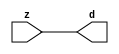

//------> ./rtl_mgc_ioport.v 
//------------------------------------------------------------------
//                M G C _ I O P O R T _ C O M P S
//------------------------------------------------------------------

//------------------------------------------------------------------
//                       M O D U L E S
//------------------------------------------------------------------

//------------------------------------------------------------------
//-- INPUT ENTITIES
//------------------------------------------------------------------

module mgc_in_wire (d, z);

  parameter integer rscid = 1;
  parameter integer width = 8;

  output [width-1:0] d;
  input  [width-1:0] z;

  wire   [width-1:0] d;

  assign d = z;

endmodule

//------------------------------------------------------------------

module mgc_in_wire_en (ld, d, lz, z);

  parameter integer rscid = 1;
  parameter integer width = 8;

  input              ld;
  output [width-1:0] d;
  output             lz;
  input  [width-1:0] z;

  wire   [width-1:0] d;
  wire               lz;

  assign d = z;
  assign lz = ld;

endmodule

//------------------------------------------------------------------

module mgc_in_wire_wait (ld, vd, d, lz, vz, z);

  parameter integer rscid = 1;
  parameter integer width = 8;

  input              ld;
  output             vd;
  output [width-1:0] d;
  output             lz;
  input              vz;
  input  [width-1:0] z;

  wire               vd;
  wire   [width-1:0] d;
  wire               lz;

  assign d = z;
  assign lz = ld;
  assign vd = vz;

endmodule
//------------------------------------------------------------------

module mgc_chan_in (ld, vd, d, lz, vz, z, size, req_size, sizez, sizelz);

  parameter integer rscid = 1;
  parameter integer width = 8;
  parameter integer sz_width = 8;

  input              ld;
  output             vd;
  output [width-1:0] d;
  output             lz;
  input              vz;
  input  [width-1:0] z;
  output [sz_width-1:0] size;
  input              req_size;
  input  [sz_width-1:0] sizez;
  output             sizelz;


  wire               vd;
  wire   [width-1:0] d;
  wire               lz;
  wire   [sz_width-1:0] size;
  wire               sizelz;

  assign d = z;
  assign lz = ld;
  assign vd = vz;
  assign size = sizez;
  assign sizelz = req_size;

endmodule


//------------------------------------------------------------------
//-- OUTPUT ENTITIES
//------------------------------------------------------------------

module mgc_out_stdreg (d, z);

  parameter integer rscid = 1;
  parameter integer width = 8;

  input    [width-1:0] d;
  output   [width-1:0] z;

  wire     [width-1:0] z;

  assign z = d;

endmodule

//------------------------------------------------------------------

module mgc_out_stdreg_en (ld, d, lz, z);

  parameter integer rscid = 1;
  parameter integer width = 8;

  input              ld;
  input  [width-1:0] d;
  output             lz;
  output [width-1:0] z;

  wire               lz;
  wire   [width-1:0] z;

  assign z = d;
  assign lz = ld;

endmodule

//------------------------------------------------------------------

module mgc_out_stdreg_wait (ld, vd, d, lz, vz, z);

  parameter integer rscid = 1;
  parameter integer width = 8;

  input              ld;
  output             vd;
  input  [width-1:0] d;
  output             lz;
  input              vz;
  output [width-1:0] z;

  wire               vd;
  wire               lz;
  wire   [width-1:0] z;

  assign z = d;
  assign lz = ld;
  assign vd = vz;

endmodule

//------------------------------------------------------------------

module mgc_out_prereg_en (ld, d, lz, z);

    parameter integer rscid = 1;
    parameter integer width = 8;

    input              ld;
    input  [width-1:0] d;
    output             lz;
    output [width-1:0] z;

    wire               lz;
    wire   [width-1:0] z;

    assign z = d;
    assign lz = ld;

endmodule

//------------------------------------------------------------------
//-- INOUT ENTITIES
//------------------------------------------------------------------

module mgc_inout_stdreg_en (ldin, din, ldout, dout, lzin, lzout, z);

    parameter integer rscid = 1;
    parameter integer width = 8;

    input              ldin;
    output [width-1:0] din;
    input              ldout;
    input  [width-1:0] dout;
    output             lzin;
    output             lzout;
    inout  [width-1:0] z;

    wire   [width-1:0] din;
    wire               lzin;
    wire               lzout;
    wire   [width-1:0] z;

    assign lzin = ldin;
    assign din = ldin ? z : {width{1'bz}};
    assign lzout = ldout;
    assign z = ldout ? dout : {width{1'bz}};

endmodule

//------------------------------------------------------------------
module hid_tribuf( I_SIG, ENABLE, O_SIG);
  parameter integer width = 8;

  input [width-1:0] I_SIG;
  input ENABLE;
  inout [width-1:0] O_SIG;

  assign O_SIG = (ENABLE) ? I_SIG : { width{1'bz}};

endmodule
//------------------------------------------------------------------

module mgc_inout_stdreg_wait (ldin, vdin, din, ldout, vdout, dout, lzin, vzin, lzout, vzout, z);

    parameter integer rscid = 1;
    parameter integer width = 8;

    input              ldin;
    output             vdin;
    output [width-1:0] din;
    input              ldout;
    output             vdout;
    input  [width-1:0] dout;
    output             lzin;
    input              vzin;
    output             lzout;
    input              vzout;
    inout  [width-1:0] z;

    wire               vdin;
    wire   [width-1:0] din;
    wire               vdout;
    wire               lzin;
    wire               lzout;
    wire   [width-1:0] z;
    wire   ldout_and_vzout;

    assign lzin = ldin;
    assign vdin = vzin;
    assign din = ldin ? z : {width{1'bz}};
    assign lzout = ldout;
    assign vdout = vzout ;
    assign ldout_and_vzout = ldout && vzout ;

    hid_tribuf #(width) tb( .I_SIG(dout),
                            .ENABLE(ldout_and_vzout),
                            .O_SIG(z) );

endmodule

//------------------------------------------------------------------

module mgc_inout_buf_wait (clk, en, arst, srst, ldin, vdin, din, ldout, vdout, dout, lzin, vzin, lzout, vzout, z);

    parameter integer rscid   = 0; // resource ID
    parameter integer width   = 8; // fifo width
    parameter         ph_clk  =  1'b1; // clock polarity 1=rising edge, 0=falling edge
    parameter         ph_en   =  1'b1; // clock enable polarity
    parameter         ph_arst =  1'b1; // async reset polarity
    parameter         ph_srst =  1'b1; // sync reset polarity

    input              clk;
    input              en;
    input              arst;
    input              srst;
    input              ldin;
    output             vdin;
    output [width-1:0] din;
    input              ldout;
    output             vdout;
    input  [width-1:0] dout;
    output             lzin;
    input              vzin;
    output             lzout;
    input              vzout;
    inout  [width-1:0] z;

    wire               lzout_buf;
    wire               vzout_buf;
    wire   [width-1:0] z_buf;
    wire               vdin;
    wire   [width-1:0] din;
    wire               vdout;
    wire               lzin;
    wire               lzout;
    wire   [width-1:0] z;

    assign lzin = ldin;
    assign vdin = vzin;
    assign din = ldin ? z : {width{1'bz}};
    assign lzout = lzout_buf & ~ldin;
    assign vzout_buf = vzout & ~ldin;
    hid_tribuf #(width) tb( .I_SIG(z_buf),
                            .ENABLE((lzout_buf && (!ldin) && vzout) ),
                            .O_SIG(z)  );

    mgc_out_buf_wait
    #(
        .rscid   (rscid),
        .width   (width),
        .ph_clk  (ph_clk),
        .ph_en   (ph_en),
        .ph_arst (ph_arst),
        .ph_srst (ph_srst)
    )
    BUFF
    (
        .clk     (clk),
        .en      (en),
        .arst    (arst),
        .srst    (srst),
        .ld      (ldout),
        .vd      (vdout),
        .d       (dout),
        .lz      (lzout_buf),
        .vz      (vzout_buf),
        .z       (z_buf)
    );


endmodule

module mgc_inout_fifo_wait (clk, en, arst, srst, ldin, vdin, din, ldout, vdout, dout, lzin, vzin, lzout, vzout, z);

    parameter integer rscid   = 0; // resource ID
    parameter integer width   = 8; // fifo width
    parameter integer fifo_sz = 8; // fifo depth
    parameter         ph_clk  = 1'b1;  // clock polarity 1=rising edge, 0=falling edge
    parameter         ph_en   = 1'b1;  // clock enable polarity
    parameter         ph_arst = 1'b1;  // async reset polarity
    parameter         ph_srst = 1'b1;  // sync reset polarity
    parameter integer ph_log2 = 3;     // log2(fifo_sz)
    parameter integer pwropt  = 0;     // pwropt

    input              clk;
    input              en;
    input              arst;
    input              srst;
    input              ldin;
    output             vdin;
    output [width-1:0] din;
    input              ldout;
    output             vdout;
    input  [width-1:0] dout;
    output             lzin;
    input              vzin;
    output             lzout;
    input              vzout;
    inout  [width-1:0] z;

    wire               lzout_buf;
    wire               vzout_buf;
    wire   [width-1:0] z_buf;
    wire               comb;
    wire               vdin;
    wire   [width-1:0] din;
    wire               vdout;
    wire               lzin;
    wire               lzout;
    wire   [width-1:0] z;

    assign lzin = ldin;
    assign vdin = vzin;
    assign din = ldin ? z : {width{1'bz}};
    assign lzout = lzout_buf & ~ldin;
    assign vzout_buf = vzout & ~ldin;
    assign comb = (lzout_buf && (!ldin) && vzout);

    hid_tribuf #(width) tb2( .I_SIG(z_buf), .ENABLE(comb), .O_SIG(z)  );

    mgc_out_fifo_wait
    #(
        .rscid   (rscid),
        .width   (width),
        .fifo_sz (fifo_sz),
        .ph_clk  (ph_clk),
        .ph_en   (ph_en),
        .ph_arst (ph_arst),
        .ph_srst (ph_srst),
        .ph_log2 (ph_log2),
        .pwropt  (pwropt)
    )
    FIFO
    (
        .clk   (clk),
        .en      (en),
        .arst    (arst),
        .srst    (srst),
        .ld      (ldout),
        .vd      (vdout),
        .d       (dout),
        .lz      (lzout_buf),
        .vz      (vzout_buf),
        .z       (z_buf)
    );

endmodule

//------------------------------------------------------------------
//-- I/O SYNCHRONIZATION ENTITIES
//------------------------------------------------------------------

module mgc_io_sync (ld, lz);

    input  ld;
    output lz;

    assign lz = ld;

endmodule

module mgc_bsync_rdy (rd, rz);

    parameter integer rscid   = 0; // resource ID
    parameter ready = 1;
    parameter valid = 0;

    input  rd;
    output rz;

    wire   rz;

    assign rz = rd;

endmodule

module mgc_bsync_vld (vd, vz);

    parameter integer rscid   = 0; // resource ID
    parameter ready = 0;
    parameter valid = 1;

    output vd;
    input  vz;

    wire   vd;

    assign vd = vz;

endmodule

module mgc_bsync_rv (rd, vd, rz, vz);

    parameter integer rscid   = 0; // resource ID
    parameter ready = 1;
    parameter valid = 1;

    input  rd;
    output vd;
    output rz;
    input  vz;

    wire   vd;
    wire   rz;

    assign rz = rd;
    assign vd = vz;

endmodule

//------------------------------------------------------------------

module mgc_sync (ldin, vdin, ldout, vdout);

  input  ldin;
  output vdin;
  input  ldout;
  output vdout;

  wire   vdin;
  wire   vdout;

  assign vdin = ldout;
  assign vdout = ldin;

endmodule

///////////////////////////////////////////////////////////////////////////////
// dummy function used to preserve funccalls for modulario
// it looks like a memory read to the caller
///////////////////////////////////////////////////////////////////////////////
module funccall_inout (d, ad, bd, z, az, bz);

  parameter integer ram_id = 1;
  parameter integer width = 8;
  parameter integer addr_width = 8;

  output [width-1:0]       d;
  input  [addr_width-1:0]  ad;
  input                    bd;
  input  [width-1:0]       z;
  output [addr_width-1:0]  az;
  output                   bz;

  wire   [width-1:0]       d;
  wire   [addr_width-1:0]  az;
  wire                     bz;

  assign d  = z;
  assign az = ad;
  assign bz = bd;

endmodule


///////////////////////////////////////////////////////////////////////////////
// inlinable modular io not otherwise found in mgc_ioport
///////////////////////////////////////////////////////////////////////////////

module modulario_en_in (vd, d, vz, z);

  parameter integer rscid = 1;
  parameter integer width = 8;

  output             vd;
  output [width-1:0] d;
  input              vz;
  input  [width-1:0] z;

  wire   [width-1:0] d;
  wire               vd;

  assign d = z;
  assign vd = vz;

endmodule

//------> ./rtl_mgc_ioport_v2001.v 
//------------------------------------------------------------------

module mgc_out_reg_pos (clk, en, arst, srst, ld, d, lz, z);

    parameter integer rscid   = 1;
    parameter integer width   = 8;
    parameter         ph_en   =  1'b1;
    parameter         ph_arst =  1'b1;
    parameter         ph_srst =  1'b1;

    input              clk;
    input              en;
    input              arst;
    input              srst;
    input              ld;
    input  [width-1:0] d;
    output             lz;
    output [width-1:0] z;

    reg                lz;
    reg    [width-1:0] z;

    generate
    if (ph_arst == 1'b0)
    begin: NEG_ARST
        always @(posedge clk or negedge arst)
        if (arst == 1'b0)
        begin: B1
            lz <= 1'b0;
            z  <= {width{1'b0}};
        end
        else if (srst == ph_srst)
        begin: B2
            lz <= 1'b0;
            z  <= {width{1'b0}};
        end
        else if (en == ph_en)
        begin: B3
            lz <= ld;
            z  <= (ld) ? d : z;
        end
    end
    else
    begin: POS_ARST
        always @(posedge clk or posedge arst)
        if (arst == 1'b1)
        begin: B1
            lz <= 1'b0;
            z  <= {width{1'b0}};
        end
        else if (srst == ph_srst)
        begin: B2
            lz <= 1'b0;
            z  <= {width{1'b0}};
        end
        else if (en == ph_en)
        begin: B3
            lz <= ld;
            z  <= (ld) ? d : z;
        end
    end
    endgenerate

endmodule

//------------------------------------------------------------------

module mgc_out_reg_neg (clk, en, arst, srst, ld, d, lz, z);

    parameter integer rscid   = 1;
    parameter integer width   = 8;
    parameter         ph_en   =  1'b1;
    parameter         ph_arst =  1'b1;
    parameter         ph_srst =  1'b1;

    input              clk;
    input              en;
    input              arst;
    input              srst;
    input              ld;
    input  [width-1:0] d;
    output             lz;
    output [width-1:0] z;

    reg                lz;
    reg    [width-1:0] z;

    generate
    if (ph_arst == 1'b0)
    begin: NEG_ARST
        always @(negedge clk or negedge arst)
        if (arst == 1'b0)
        begin: B1
            lz <= 1'b0;
            z  <= {width{1'b0}};
        end
        else if (srst == ph_srst)
        begin: B2
            lz <= 1'b0;
            z  <= {width{1'b0}};
        end
        else if (en == ph_en)
        begin: B3
            lz <= ld;
            z  <= (ld) ? d : z;
        end
    end
    else
    begin: POS_ARST
        always @(negedge clk or posedge arst)
        if (arst == 1'b1)
        begin: B1
            lz <= 1'b0;
            z  <= {width{1'b0}};
        end
        else if (srst == ph_srst)
        begin: B2
            lz <= 1'b0;
            z  <= {width{1'b0}};
        end
        else if (en == ph_en)
        begin: B3
            lz <= ld;
            z  <= (ld) ? d : z;
        end
    end
    endgenerate

endmodule

//------------------------------------------------------------------

module mgc_out_reg (clk, en, arst, srst, ld, d, lz, z); // Not Supported

    parameter integer rscid   = 1;
    parameter integer width   = 8;
    parameter         ph_clk  =  1'b1;
    parameter         ph_en   =  1'b1;
    parameter         ph_arst =  1'b1;
    parameter         ph_srst =  1'b1;

    input              clk;
    input              en;
    input              arst;
    input              srst;
    input              ld;
    input  [width-1:0] d;
    output             lz;
    output [width-1:0] z;


    generate
    if (ph_clk == 1'b0)
    begin: NEG_EDGE

        mgc_out_reg_neg
        #(
            .rscid   (rscid),
            .width   (width),
            .ph_en   (ph_en),
            .ph_arst (ph_arst),
            .ph_srst (ph_srst)
        )
        mgc_out_reg_neg_inst
        (
            .clk     (clk),
            .en      (en),
            .arst    (arst),
            .srst    (srst),
            .ld      (ld),
            .d       (d),
            .lz      (lz),
            .z       (z)
        );

    end
    else
    begin: POS_EDGE

        mgc_out_reg_pos
        #(
            .rscid   (rscid),
            .width   (width),
            .ph_en   (ph_en),
            .ph_arst (ph_arst),
            .ph_srst (ph_srst)
        )
        mgc_out_reg_pos_inst
        (
            .clk     (clk),
            .en      (en),
            .arst    (arst),
            .srst    (srst),
            .ld      (ld),
            .d       (d),
            .lz      (lz),
            .z       (z)
        );

    end
    endgenerate

endmodule




//------------------------------------------------------------------

module mgc_out_buf_wait (clk, en, arst, srst, ld, vd, d, vz, lz, z); // Not supported

    parameter integer rscid   = 1;
    parameter integer width   = 8;
    parameter         ph_clk  =  1'b1;
    parameter         ph_en   =  1'b1;
    parameter         ph_arst =  1'b1;
    parameter         ph_srst =  1'b1;

    input              clk;
    input              en;
    input              arst;
    input              srst;
    input              ld;
    output             vd;
    input  [width-1:0] d;
    output             lz;
    input              vz;
    output [width-1:0] z;

    wire               filled;
    wire               filled_next;
    wire   [width-1:0] abuf;
    wire               lbuf;


    assign filled_next = (filled & (~vz)) | (filled & ld) | (ld & (~vz));

    assign lbuf = ld & ~(filled ^ vz);

    assign vd = vz | ~filled;

    assign lz = ld | filled;

    assign z = (filled) ? abuf : d;

    wire dummy;
    wire dummy_bufreg_lz;

    // Output registers:
    mgc_out_reg
    #(
        .rscid   (rscid),
        .width   (1'b1),
        .ph_clk  (ph_clk),
        .ph_en   (ph_en),
        .ph_arst (ph_arst),
        .ph_srst (ph_srst)
    )
    STATREG
    (
        .clk     (clk),
        .en      (en),
        .arst    (arst),
        .srst    (srst),
        .ld      (filled_next),
        .d       (1'b0),       // input d is unused
        .lz      (filled),
        .z       (dummy)            // output z is unused
    );

    mgc_out_reg
    #(
        .rscid   (rscid),
        .width   (width),
        .ph_clk  (ph_clk),
        .ph_en   (ph_en),
        .ph_arst (ph_arst),
        .ph_srst (ph_srst)
    )
    BUFREG
    (
        .clk     (clk),
        .en      (en),
        .arst    (arst),
        .srst    (srst),
        .ld      (lbuf),
        .d       (d),
        .lz      (dummy_bufreg_lz),
        .z       (abuf)
    );

endmodule

//------------------------------------------------------------------

module mgc_out_fifo_wait (clk, en, arst, srst, ld, vd, d, lz, vz,  z);

    parameter integer rscid   = 0; // resource ID
    parameter integer width   = 8; // fifo width
    parameter integer fifo_sz = 8; // fifo depth
    parameter         ph_clk  = 1'b1; // clock polarity 1=rising edge, 0=falling edge
    parameter         ph_en   = 1'b1; // clock enable polarity
    parameter         ph_arst = 1'b1; // async reset polarity
    parameter         ph_srst = 1'b1; // sync reset polarity
    parameter integer ph_log2 = 3; // log2(fifo_sz)
    parameter integer pwropt  = 0; // pwropt


    input                 clk;
    input                 en;
    input                 arst;
    input                 srst;
    input                 ld;    // load data
    output                vd;    // fifo full active low
    input     [width-1:0] d;
    output                lz;    // fifo ready to send
    input                 vz;    // dest ready for data
    output    [width-1:0] z;

    wire    [31:0]      size;


      // Output registers:
 mgc_out_fifo_wait_core#(
        .rscid   (rscid),
        .width   (width),
        .sz_width (32),
        .fifo_sz (fifo_sz),
        .ph_clk  (ph_clk),
        .ph_en   (ph_en),
        .ph_arst (ph_arst),
        .ph_srst (ph_srst),
        .ph_log2 (ph_log2),
        .pwropt  (pwropt)
        ) CORE (
        .clk (clk),
        .en (en),
        .arst (arst),
        .srst (srst),
        .ld (ld),
        .vd (vd),
        .d (d),
        .lz (lz),
        .vz (vz),
        .z (z),
        .size (size)
        );

endmodule



module mgc_out_fifo_wait_core (clk, en, arst, srst, ld, vd, d, lz, vz,  z, size);

    parameter integer rscid   = 0; // resource ID
    parameter integer width   = 8; // fifo width
    parameter integer sz_width = 8; // size of port for elements in fifo
    parameter integer fifo_sz = 8; // fifo depth
    parameter         ph_clk  =  1'b1; // clock polarity 1=rising edge, 0=falling edge
    parameter         ph_en   =  1'b1; // clock enable polarity
    parameter         ph_arst =  1'b1; // async reset polarity
    parameter         ph_srst =  1'b1; // sync reset polarity
    parameter integer ph_log2 = 3; // log2(fifo_sz)
    parameter integer pwropt  = 0; // pwropt

   localparam integer  fifo_b = width * fifo_sz;

    input                 clk;
    input                 en;
    input                 arst;
    input                 srst;
    input                 ld;    // load data
    output                vd;    // fifo full active low
    input     [width-1:0] d;
    output                lz;    // fifo ready to send
    input                 vz;    // dest ready for data
    output    [width-1:0] z;
    output    [sz_width-1:0]      size;

    reg      [( (fifo_sz > 0) ? fifo_sz : 1)-1:0] stat_pre;
    wire     [( (fifo_sz > 0) ? fifo_sz : 1)-1:0] stat;
    reg      [( (fifo_b > 0) ? fifo_b : 1)-1:0] buff_pre;
    wire     [( (fifo_b > 0) ? fifo_b : 1)-1:0] buff;
    reg      [( (fifo_sz > 0) ? fifo_sz : 1)-1:0] en_l;
    reg      [(((fifo_sz > 0) ? fifo_sz : 1)-1)/8:0] en_l_s;

    reg       [width-1:0] buff_nxt;

    reg                   stat_nxt;
    reg                   stat_before;
    reg                   stat_after;
    reg                   en_l_var;

    integer               i;
    genvar                eni;

    wire [32:0]           size_t;
    reg [31:0]            count;
    reg [31:0]            count_t;
    reg [32:0]            n_elem;
// pragma translate_off
    reg [31:0]            peak;
// pragma translate_on

    wire [( (fifo_sz > 0) ? fifo_sz : 1)-1:0] dummy_statreg_lz;
    wire [( (fifo_b > 0) ? fifo_b : 1)-1:0] dummy_bufreg_lz;

    generate
    if ( fifo_sz > 0 )
    begin: FIFO_REG
      assign vd = vz | ~stat[0];
      assign lz = ld | stat[fifo_sz-1];
      assign size_t = (count - (vz && stat[fifo_sz-1])) + ld;
      assign size = size_t[sz_width-1:0];
      assign z = (stat[fifo_sz-1]) ? buff[fifo_b-1:width*(fifo_sz-1)] : d;

      always @(*)
      begin: FIFOPROC
        n_elem = 33'b0;
        for (i = fifo_sz-1; i >= 0; i = i - 1)
        begin
          if (i != 0)
            stat_before = stat[i-1];
          else
            stat_before = 1'b0;

          if (i != (fifo_sz-1))
            stat_after = stat[i+1];
          else
            stat_after = 1'b1;

          stat_nxt = stat_after &
                    (stat_before | (stat[i] & (~vz)) | (stat[i] & ld) | (ld & (~vz)));

          stat_pre[i] = stat_nxt;
          en_l_var = 1'b1;
          if (!stat_nxt)
            begin
              buff_nxt = {width{1'b0}};
              en_l_var = 1'b0;
            end
          else if (vz && stat_before)
            buff_nxt[0+:width] = buff[width*(i-1)+:width];
          else if (ld && !((vz && stat_before) || ((!vz) && stat[i])))
            buff_nxt = d;
          else
            begin
              if (pwropt == 0)
                buff_nxt[0+:width] = buff[width*i+:width];
              else
                buff_nxt = {width{1'b0}};
              en_l_var = 1'b0;
            end

          if (ph_en != 0)
            en_l[i] = en & en_l_var;
          else
            en_l[i] = en | ~en_l_var;

          buff_pre[width*i+:width] = buff_nxt[0+:width];

          if ((stat_after == 1'b1) && (stat[i] == 1'b0))
            n_elem = ($unsigned(fifo_sz) - 1) - i;
        end

        if (ph_en != 0)
          en_l_s[(((fifo_sz > 0) ? fifo_sz : 1)-1)/8] = 1'b1;
        else
          en_l_s[(((fifo_sz > 0) ? fifo_sz : 1)-1)/8] = 1'b0;

        for (i = fifo_sz-1; i >= 7; i = i - 1)
        begin
          if ((i%'d2) == 0)
          begin
            if (ph_en != 0)
              en_l_s[(i/8)-1] = en & (stat[i]|stat_pre[i-1]);
            else
              en_l_s[(i/8)-1] = en | ~(stat[i]|stat_pre[i-1]);
          end
        end

        if ( stat[fifo_sz-1] == 1'b0 )
          count_t = 32'b0;
        else if ( stat[0] == 1'b1 )
          count_t = { {(32-ph_log2){1'b0}}, fifo_sz};
        else
          count_t = n_elem[31:0];
        count = count_t;
// pragma translate_off
        if ( peak < count )
          peak = count;
// pragma translate_on
      end

      if (pwropt == 0)
      begin: NOCGFIFO
        // Output registers:
        mgc_out_reg
        #(
            .rscid   (rscid),
            .width   (fifo_sz),
            .ph_clk  (ph_clk),
            .ph_en   (ph_en),
            .ph_arst (ph_arst),
            .ph_srst (ph_srst)
        )
        STATREG
        (
            .clk     (clk),
            .en      (en),
            .arst    (arst),
            .srst    (srst),
            .ld      (1'b1),
            .d       (stat_pre),
            .lz      (dummy_statreg_lz[0]),
            .z       (stat)
        );
        mgc_out_reg
        #(
            .rscid   (rscid),
            .width   (fifo_b),
            .ph_clk  (ph_clk),
            .ph_en   (ph_en),
            .ph_arst (ph_arst),
            .ph_srst (ph_srst)
        )
        BUFREG
        (
            .clk     (clk),
            .en      (en),
            .arst    (arst),
            .srst    (srst),
            .ld      (1'b1),
            .d       (buff_pre),
            .lz      (dummy_bufreg_lz[0]),
            .z       (buff)
        );
      end
      else
      begin: CGFIFO
        // Output registers:
        if ( pwropt > 1)
        begin: CGSTATFIFO2
          for (eni = fifo_sz-1; eni >= 0; eni = eni - 1)
          begin: pwroptGEN1
            mgc_out_reg
            #(
              .rscid   (rscid),
              .width   (1),
              .ph_clk  (ph_clk),
              .ph_en   (ph_en),
              .ph_arst (ph_arst),
              .ph_srst (ph_srst)
            )
            STATREG
            (
              .clk     (clk),
              .en      (en_l_s[eni/8]),
              .arst    (arst),
              .srst    (srst),
              .ld      (1'b1),
              .d       (stat_pre[eni]),
              .lz      (dummy_statreg_lz[eni]),
              .z       (stat[eni])
            );
          end
        end
        else
        begin: CGSTATFIFO
          mgc_out_reg
          #(
            .rscid   (rscid),
            .width   (fifo_sz),
            .ph_clk  (ph_clk),
            .ph_en   (ph_en),
            .ph_arst (ph_arst),
            .ph_srst (ph_srst)
          )
          STATREG
          (
            .clk     (clk),
            .en      (en),
            .arst    (arst),
            .srst    (srst),
            .ld      (1'b1),
            .d       (stat_pre),
            .lz      (dummy_statreg_lz[0]),
            .z       (stat)
          );
        end
        for (eni = fifo_sz-1; eni >= 0; eni = eni - 1)
        begin: pwroptGEN2
          mgc_out_reg
          #(
            .rscid   (rscid),
            .width   (width),
            .ph_clk  (ph_clk),
            .ph_en   (ph_en),
            .ph_arst (ph_arst),
            .ph_srst (ph_srst)
          )
          BUFREG
          (
            .clk     (clk),
            .en      (en_l[eni]),
            .arst    (arst),
            .srst    (srst),
            .ld      (1'b1),
            .d       (buff_pre[width*eni+:width]),
            .lz      (dummy_bufreg_lz[eni]),
            .z       (buff[width*eni+:width])
          );
        end
      end
    end
    else
    begin: FEED_THRU
      assign vd = vz;
      assign lz = ld;
      assign z = d;
      assign size = ld && !vz;
    end
    endgenerate

endmodule

//------------------------------------------------------------------
//-- PIPE ENTITIES
//------------------------------------------------------------------
/*
 *
 *             _______________________________________________
 * WRITER    |                                               |          READER
 *           |           MGC_PIPE                            |
 *           |           __________________________          |
 *        --<| vdout  --<| vd ---------------  vz<|-----ldin<|---
 *           |           |      FIFO              |          |
 *        ---|>ldout  ---|>ld ---------------- lz |> ---vdin |>--
 *        ---|>dout -----|>d  ---------------- dz |> ----din |>--
 *           |           |________________________|          |
 *           |_______________________________________________|
 */
// two clock pipe
module mgc_pipe (clk, en, arst, srst, ldin, vdin, din, ldout, vdout, dout, size, req_size);

    parameter integer rscid   = 0; // resource ID
    parameter integer width   = 8; // fifo width
    parameter integer sz_width = 8; // width of size of elements in fifo
    parameter integer fifo_sz = 8; // fifo depth
    parameter integer log2_sz = 3; // log2(fifo_sz)
    parameter         ph_clk  = 1'b1;  // clock polarity 1=rising edge, 0=falling edge
    parameter         ph_en   = 1'b1;  // clock enable polarity
    parameter         ph_arst = 1'b1;  // async reset polarity
    parameter         ph_srst = 1'b1;  // sync reset polarity
    parameter integer pwropt  = 0; // pwropt

    input              clk;
    input              en;
    input              arst;
    input              srst;
    input              ldin;
    output             vdin;
    output [width-1:0] din;
    input              ldout;
    output             vdout;
    input  [width-1:0] dout;
    output [sz_width-1:0]      size;
    input              req_size;


    mgc_out_fifo_wait_core
    #(
        .rscid    (rscid),
        .width    (width),
        .sz_width (sz_width),
        .fifo_sz  (fifo_sz),
        .ph_clk   (ph_clk),
        .ph_en    (ph_en),
        .ph_arst  (ph_arst),
        .ph_srst  (ph_srst),
        .ph_log2  (log2_sz),
        .pwropt   (pwropt)
    )
    FIFO
    (
        .clk     (clk),
        .en      (en),
        .arst    (arst),
        .srst    (srst),
        .ld      (ldout),
        .vd      (vdout),
        .d       (dout),
        .lz      (vdin),
        .vz      (ldin),
        .z       (din),
        .size    (size)
    );

endmodule


//------> ./rtl.v 
// ----------------------------------------------------------------------
//  HLS HDL:        Verilog Netlister
//  HLS Version:    2011a.126 Production Release
//  HLS Date:       Wed Aug  8 00:52:07 PDT 2012
// 
//  Generated by:   jb914@EEWS104A-014
//  Generated date: Wed May 06 12:53:55 2015
// ----------------------------------------------------------------------

// 
// ------------------------------------------------------------------
//  Design Unit:    red_tint_core
// ------------------------------------------------------------------


module red_tint_core (
  clk, en, arst_n, video_in_rsc_mgc_in_wire_d, video_out_rsc_mgc_out_stdreg_d, mouse_xy_rsc_mgc_in_wire_d
);
  input clk;
  input en;
  input arst_n;
  input [29:0] video_in_rsc_mgc_in_wire_d;
  output [29:0] video_out_rsc_mgc_out_stdreg_d;
  input [19:0] mouse_xy_rsc_mgc_in_wire_d;


  // Interconnect Declarations
  reg else_slc_svs;
  wire [7:0] acc_1_psp_sva;
  wire [8:0] nl_acc_1_psp_sva;
  reg [9:0] reg_video_out_rsc_mgc_out_stdreg_d_tmp;
  reg [9:0] reg_video_out_rsc_mgc_out_stdreg_d_tmp_1;
  reg [9:0] reg_video_out_rsc_mgc_out_stdreg_d_tmp_2;
  wire [8:0] acc_itm;
  wire [9:0] nl_acc_itm;
  wire else_slc_svs_mx0;
  wire [8:0] else_acc_itm;
  wire [9:0] nl_else_acc_itm;
  wire [12:0] else_else_acc_2_itm;
  wire [13:0] nl_else_else_acc_2_itm;
  wire [12:0] else_else_acc_itm;
  wire [13:0] nl_else_else_acc_itm;


  // Interconnect Declarations for Component Instantiations 
  assign video_out_rsc_mgc_out_stdreg_d = {reg_video_out_rsc_mgc_out_stdreg_d_tmp
      , reg_video_out_rsc_mgc_out_stdreg_d_tmp_1 , reg_video_out_rsc_mgc_out_stdreg_d_tmp_2};
  assign nl_else_acc_itm = ({1'b1 , (~ (mouse_xy_rsc_mgc_in_wire_d[8:1]))}) + 9'b11111011;
  assign else_acc_itm = nl_else_acc_itm[8:0];
  assign else_slc_svs_mx0 = MUX_s_1_2_2({(else_acc_itm[8]) , else_slc_svs}, acc_itm[8]);
  assign nl_else_else_acc_2_itm = conv_u2s_11_13({(video_in_rsc_mgc_in_wire_d[19:10])
      , 1'b1}) + conv_s2s_11_13({(~ acc_1_psp_sva) , (~ (mouse_xy_rsc_mgc_in_wire_d[2:1]))
      , 1'b1});
  assign else_else_acc_2_itm = nl_else_else_acc_2_itm[12:0];
  assign nl_else_else_acc_itm = conv_u2s_11_13({(video_in_rsc_mgc_in_wire_d[9:0])
      , 1'b1}) + conv_s2s_11_13({(~ acc_1_psp_sva) , (~ (mouse_xy_rsc_mgc_in_wire_d[2:1]))
      , 1'b1});
  assign else_else_acc_itm = nl_else_else_acc_itm[12:0];
  assign nl_acc_1_psp_sva = conv_u2u_6_8(mouse_xy_rsc_mgc_in_wire_d[8:3]) + (mouse_xy_rsc_mgc_in_wire_d[8:1]);
  assign acc_1_psp_sva = nl_acc_1_psp_sva[7:0];
  assign nl_acc_itm = conv_u2s_8_9(mouse_xy_rsc_mgc_in_wire_d[8:1]) + 9'b111111011;
  assign acc_itm = nl_acc_itm[8:0];
  always @(posedge clk or negedge arst_n) begin
    if ( ~ arst_n ) begin
      else_slc_svs <= 1'b0;
      reg_video_out_rsc_mgc_out_stdreg_d_tmp <= 10'b0;
      reg_video_out_rsc_mgc_out_stdreg_d_tmp_1 <= 10'b0;
      reg_video_out_rsc_mgc_out_stdreg_d_tmp_2 <= 10'b0;
    end
    else begin
      if ( en ) begin
        else_slc_svs <= else_slc_svs_mx0;
        reg_video_out_rsc_mgc_out_stdreg_d_tmp <= (video_in_rsc_mgc_in_wire_d[29:20])
            & (signext_10_1(~ (else_acc_itm[8]))) & (signext_10_1(~ (acc_itm[8])));
        reg_video_out_rsc_mgc_out_stdreg_d_tmp_1 <= MUX_v_10_2_2({(~((~((else_else_acc_2_itm[10:1])
            | (signext_10_1(else_else_acc_2_itm[11])))) | (signext_10_1(else_else_acc_2_itm[12]))
            | (signext_10_1(else_acc_itm[8])))) , (video_in_rsc_mgc_in_wire_d[19:10])},
            acc_itm[8]);
        reg_video_out_rsc_mgc_out_stdreg_d_tmp_2 <= (MUX_v_10_2_2({(~((~((else_else_acc_itm[10:1])
            | (signext_10_1(else_else_acc_itm[11])))) | (signext_10_1(else_else_acc_itm[12]))))
            , (video_in_rsc_mgc_in_wire_d[9:0])}, else_slc_svs_mx0)) & (signext_10_1(~
            (acc_itm[8])));
      end
    end
  end

  function [0:0] MUX_s_1_2_2;
    input [1:0] inputs;
    input [0:0] sel;
    reg [0:0] result;
  begin
    case (sel)
      1'b0 : begin
        result = inputs[1:1];
      end
      1'b1 : begin
        result = inputs[0:0];
      end
      default : begin
        result = inputs[1:1];
      end
    endcase
    MUX_s_1_2_2 = result;
  end
  endfunction


  function [9:0] signext_10_1;
    input [0:0] vector;
  begin
    signext_10_1= {{9{vector[0]}}, vector};
  end
  endfunction


  function [9:0] MUX_v_10_2_2;
    input [19:0] inputs;
    input [0:0] sel;
    reg [9:0] result;
  begin
    case (sel)
      1'b0 : begin
        result = inputs[19:10];
      end
      1'b1 : begin
        result = inputs[9:0];
      end
      default : begin
        result = inputs[19:10];
      end
    endcase
    MUX_v_10_2_2 = result;
  end
  endfunction


  function signed [12:0] conv_u2s_11_13 ;
    input [10:0]  vector ;
  begin
    conv_u2s_11_13 = {{2{1'b0}}, vector};
  end
  endfunction


  function signed [12:0] conv_s2s_11_13 ;
    input signed [10:0]  vector ;
  begin
    conv_s2s_11_13 = {{2{vector[10]}}, vector};
  end
  endfunction


  function  [7:0] conv_u2u_6_8 ;
    input [5:0]  vector ;
  begin
    conv_u2u_6_8 = {{2{1'b0}}, vector};
  end
  endfunction


  function signed [8:0] conv_u2s_8_9 ;
    input [7:0]  vector ;
  begin
    conv_u2s_8_9 = {1'b0, vector};
  end
  endfunction

endmodule

// ------------------------------------------------------------------
//  Design Unit:    red_tint
//  Generated from file(s):
//    3) $PROJECT_HOME/MouseTintRed.c
// ------------------------------------------------------------------


module red_tint (
  video_in_rsc_z, video_out_rsc_z, mouse_xy_rsc_z, clk, en, arst_n
);
  input [29:0] video_in_rsc_z;
  output [29:0] video_out_rsc_z;
  input [19:0] mouse_xy_rsc_z;
  input clk;
  input en;
  input arst_n;


  // Interconnect Declarations
  wire [29:0] video_in_rsc_mgc_in_wire_d;
  wire [29:0] video_out_rsc_mgc_out_stdreg_d;
  wire [19:0] mouse_xy_rsc_mgc_in_wire_d;


  // Interconnect Declarations for Component Instantiations 
  mgc_in_wire #(.rscid(1),
  .width(30)) video_in_rsc_mgc_in_wire (
      .d(video_in_rsc_mgc_in_wire_d),
      .z(video_in_rsc_z)
    );
  mgc_out_stdreg #(.rscid(2),
  .width(30)) video_out_rsc_mgc_out_stdreg (
      .d(video_out_rsc_mgc_out_stdreg_d),
      .z(video_out_rsc_z)
    );
  mgc_in_wire #(.rscid(3),
  .width(20)) mouse_xy_rsc_mgc_in_wire (
      .d(mouse_xy_rsc_mgc_in_wire_d),
      .z(mouse_xy_rsc_z)
    );
  red_tint_core red_tint_core_inst (
      .clk(clk),
      .en(en),
      .arst_n(arst_n),
      .video_in_rsc_mgc_in_wire_d(video_in_rsc_mgc_in_wire_d),
      .video_out_rsc_mgc_out_stdreg_d(video_out_rsc_mgc_out_stdreg_d),
      .mouse_xy_rsc_mgc_in_wire_d(mouse_xy_rsc_mgc_in_wire_d)
    );
endmodule